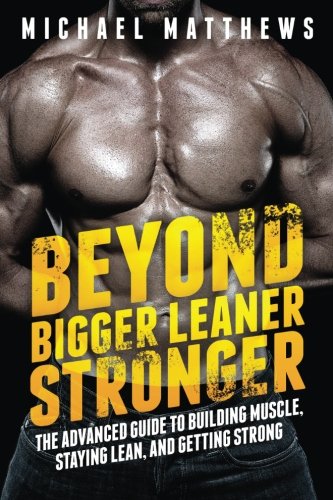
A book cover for Beyond Bigger Leaner Stronger: The Advanced Guide to Building Muscle, Staying Lean, and Getting Strong (The Build Muscle, Get Lean, and Stay Healthy Series); Michael Matthews; Health, Fitness & Dieting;